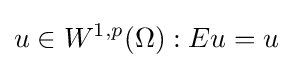
u\in W^{1,p}(\Omega ):Eu=u